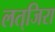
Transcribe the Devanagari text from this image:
लत्‌जिरा